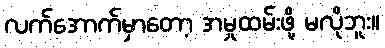
လက်အောက်မှာတော့ အမှုထမ်းဖို့ မလိုဘူး။